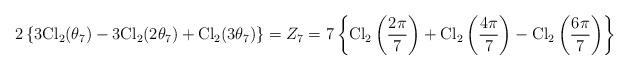
LaTeX: \begin{align*}2\left\{3{\rm Cl}_2(\theta_7)-3{\rm Cl}_2(2\theta_7)+{\rm Cl}_2(3\theta_7)\right\}=Z_7=7\left\{{\rm Cl}_2\left(\frac{2\pi}{7}\right)+{\rm Cl}_2\left(\frac{4\pi}{7}\right)-{\rm Cl}_2\left(\frac{6\pi}{7}\right)\right\}\end{align*}